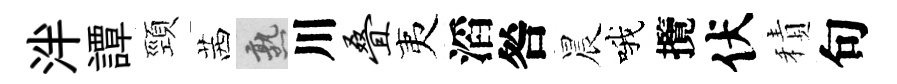
泮譚頸茜熟川叠夷滔咎晨哦攬伏積句